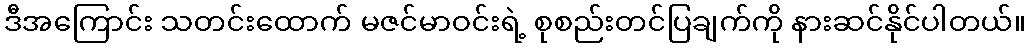
ဒီအကြောင်း သတင်းထောက် မဇင်မာဝင်းရဲ့ စုစည်းတင်ပြချက်ကို နားဆင်နိုင်ပါတယ်။